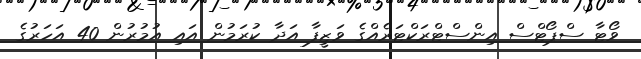
ވޯޓާ ސްޕޯޓްސް އިންސްޓްރަކްޓަރެއްގެ ވަޒީފާ އަދާ ކުރަމުން އައި އުމުރުން 40 އަހަރުގެ